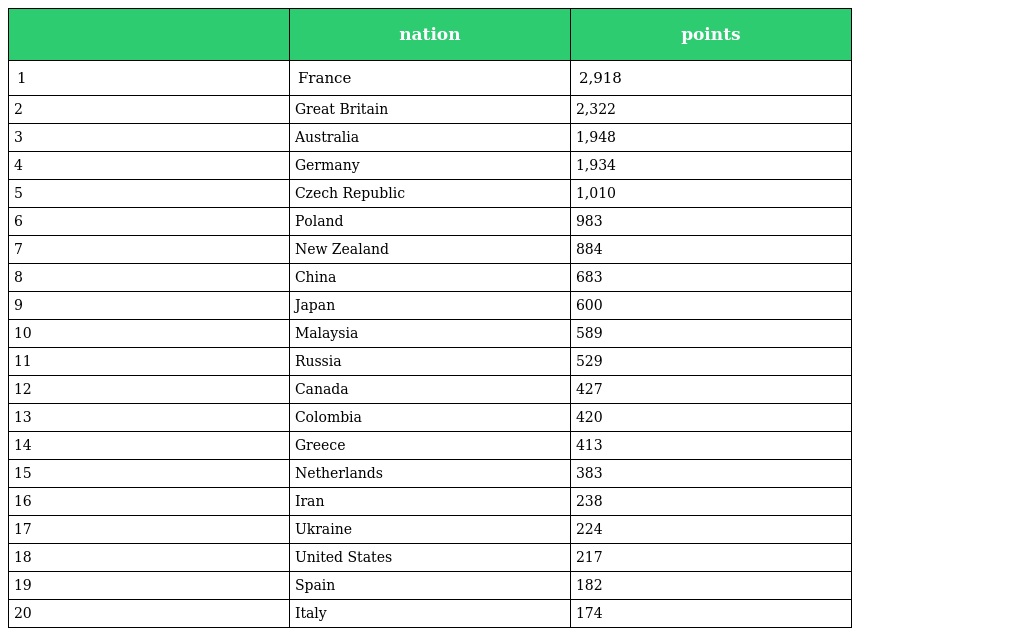
|  | nation | points |
 | --- | --- | --- |
 | 1 | France | 2,918 |
 | 2 | Great Britain | 2,322 |
 | 3 | Australia | 1,948 |
 | 4 | Germany | 1,934 |
 | 5 | Czech Republic | 1,010 |
 | 6 | Poland | 983 |
 | 7 | New Zealand | 884 |
 | 8 | China | 683 |
 | 9 | Japan | 600 |
 | 10 | Malaysia | 589 |
 | 11 | Russia | 529 |
 | 12 | Canada | 427 |
 | 13 | Colombia | 420 |
 | 14 | Greece | 413 |
 | 15 | Netherlands | 383 |
 | 16 | Iran | 238 |
 | 17 | Ukraine | 224 |
 | 18 | United States | 217 |
 | 19 | Spain | 182 |
 | 20 | Italy | 174 |